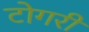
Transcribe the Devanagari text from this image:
टोगरी